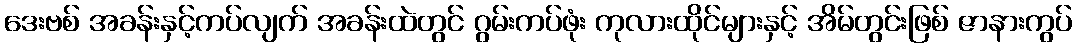
ဒေးဗစ် အခန်းနှင့်ကပ်လျက် အခန်းထဲတွင် ဂွမ်းကပ်ဖုံး ကုလားထိုင်များနှင့် အိမ်တွင်းဖြစ် ဇာနားကွပ်